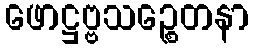
ဖောဋ္ဌဗ္ဗသဉ္စေတနာ